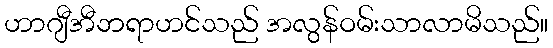
ဟာဂျီအီဘရာဟင်သည် အလွန်ဝမ်းသာလာမိသည်။